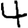
Digit: 4